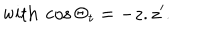
LaTeX: \mathrm { w i t h } \ \cos \Theta _ { t } = - z . z ^ { \prime } .